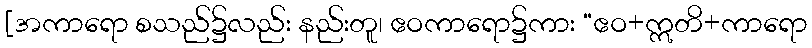
[အကာရော စသည်၌လည်း နည်းတူ၊ ဧဝကာရော၌ကား “ဧဝ+ဣတိ+ကာရော